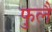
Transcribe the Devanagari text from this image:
फुलै